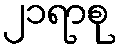
၂၁ရာစု